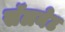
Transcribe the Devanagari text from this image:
सॅलनेट